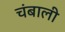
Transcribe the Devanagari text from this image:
चंबाली